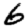
Digit: 6